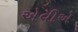
એવીએ